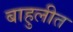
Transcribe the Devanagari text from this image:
बाहुलीत